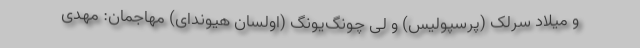
و میلاد سرلک (پرسپولیس) و لی چونگ‌یونگ (اولسان هیوندای) مهاجمان: مهدی